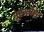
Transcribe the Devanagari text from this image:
मूस्कोस